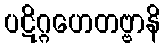
ပဋိဂ္ဂဟေတဗ္ဗာနိ